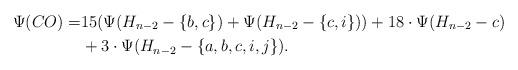
LaTeX: \begin{align*}\Psi (CO) = & 15(\Psi(H_{n-2}-\{b,c\}) + \Psi(H_{n-2}-\{c,i\})) + 18\cdot \Psi (H_{n-2} - c)\\&+ 3\cdot \Psi (H_{n-2}-\{a,b,c,i,j\}).\end{align*}